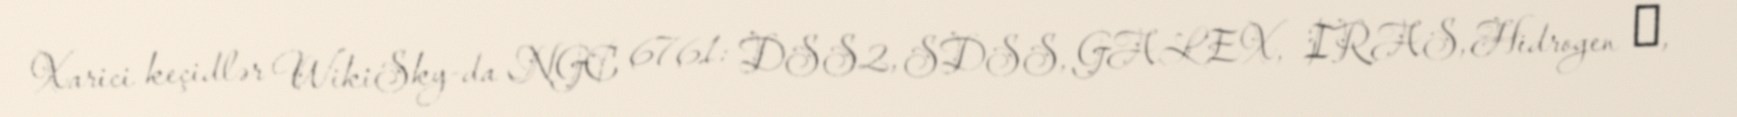
Xarici keçidlər WikiSky-da NGC 6761: DSS2, SDSS, GALEX, IRAS, Hidrogen α,